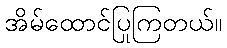
အိမ်ထောင်ပြုကြတယ်။